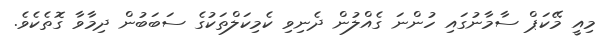
މިއީ މޭކަޕް ސާމާނުގައި ހުންނަ ގެއްލުން ދެނިވި ކެމިކަލްތަކުގެ ސަބަބުން ދިމާވާ ގޮތެކެވެ.